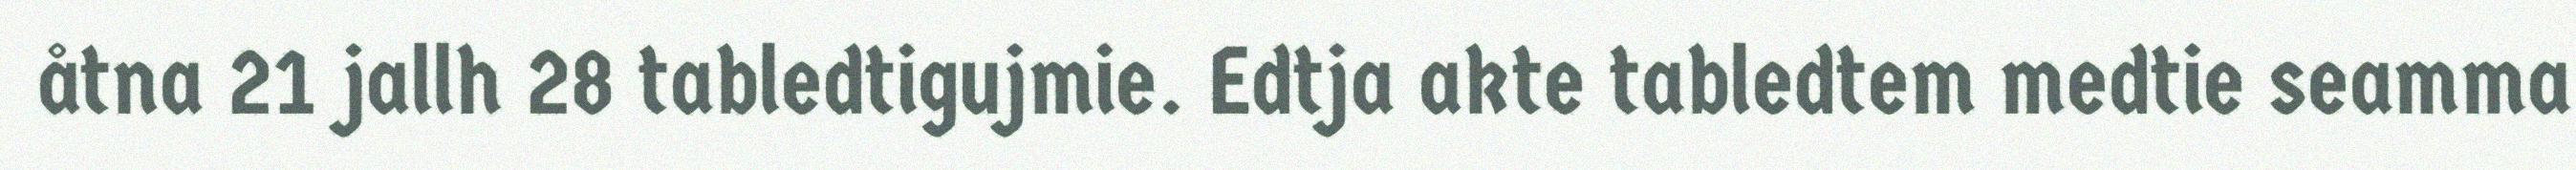
åtna 21 jallh 28 tabledtigujmie. Edtja akte tabledtem medtie seamma